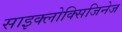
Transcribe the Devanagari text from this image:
साइक्लोक्सिजिनेज